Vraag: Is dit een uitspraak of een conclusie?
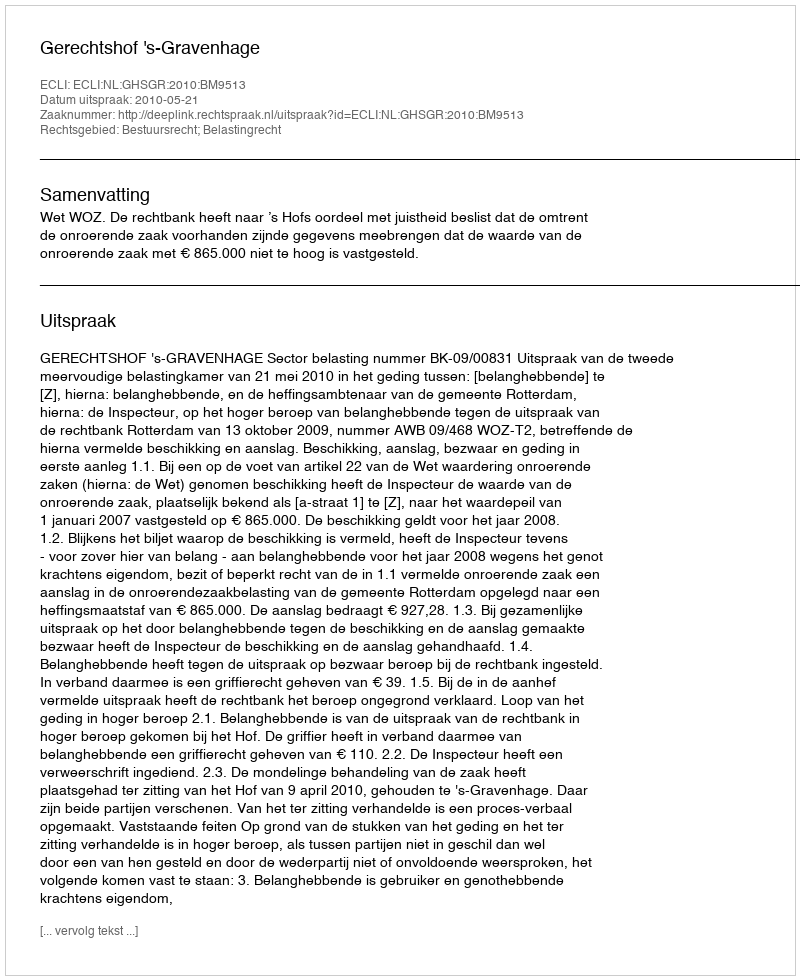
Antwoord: Uitspraak